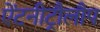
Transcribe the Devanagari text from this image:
ऐंटनीट्रौलौप